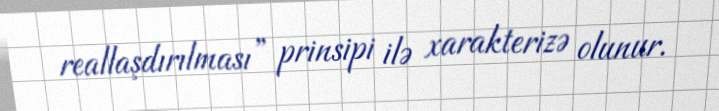
reallaşdırılması” prinsipi ilə xarakterizə olunur.